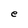
Character: e